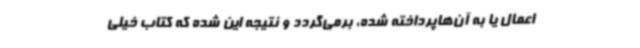
اعمال یا به آن‌هاپرداخته شده، برمی‌گردد و نتیجه این شده که کتاب خیلی